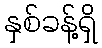
နှစ်ခန့်ရှိ